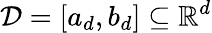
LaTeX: \mathcal{D}=[a_{d},b_{d}]\subseteq\mathbb{R}^{d}